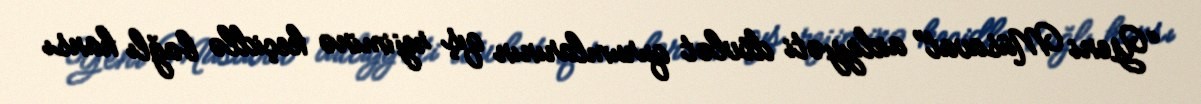
“Yeni Müsavat” aidiyyəti dövlət qurumlarının qış rejiminə keçidlə bağlı hansı